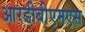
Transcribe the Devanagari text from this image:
आरडीबीएमएस